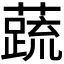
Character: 𬞞